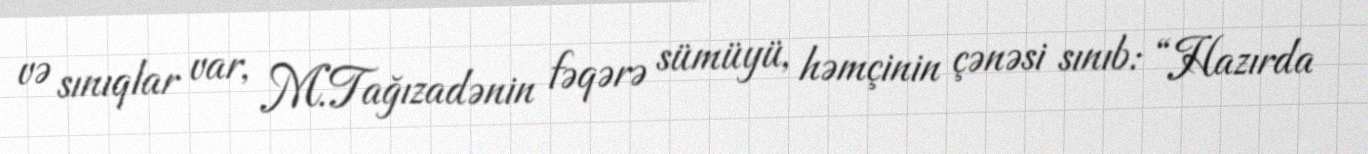
və sınıqlar var, M.Tağızadənin fəqərə sümüyü, həmçinin çənəsi sınıb: “Hazırda